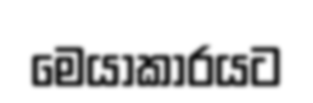
මෙයාකාරයට